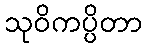
သုဝိကပ္ပိတာ